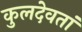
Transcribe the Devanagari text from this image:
कुलदेवतां